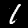
Digit: 1